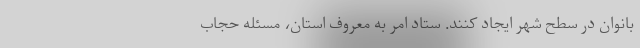
بانوان در سطح شهر ایجاد کنند. ستاد امر به معروف استان، مسئله حجاب